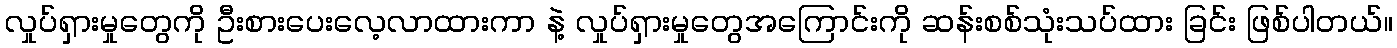
လှုပ်ရှားမှုတွေကို ဦးစားပေးလေ့လာထားကာ နဲ့ လှုပ်ရှားမှုတွေအကြောင်းကို ဆန်းစစ်သုံးသပ်ထား ခြင်း ဖြစ်ပါတယ်။